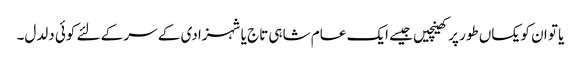
یا تو ان کو یکساں طور پر کھینچیں جیسے ایک عام شاہی تاج یا شہزادی کے سر کے لئے کوئی دلدل۔